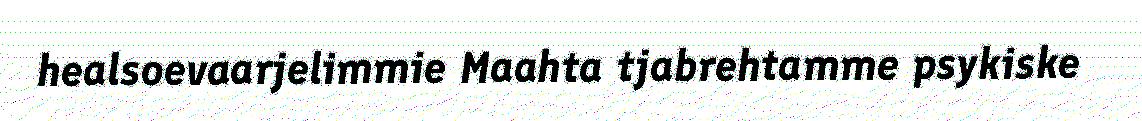
healsoevaarjelimmie Maahta tjabrehtamme psykiske